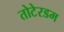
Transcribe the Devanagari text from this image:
तोटेरडम